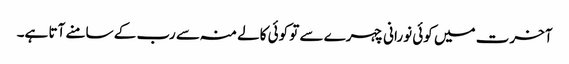
آخرت میں کوئی نورانی چہرے سے تو کوئی کالے منہ سے رب کے سامنے آتا ہے۔